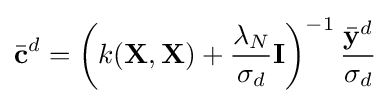
{\bar {\mathbf {c} }}^{d}=\left(k(\mathbf {X} ,\mathbf {X} )+{\frac {\lambda _{N}}{\sigma _{d}}}\mathbf {I} \right)^{-1}{\frac {{\bar {\mathbf {y} }}^{d}}{\sigma _{d}}}